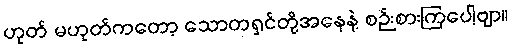
ဟုတ် မဟုတ်ကတော့ သောတရှင်တို့အနေနဲ့ စဉ်းစားကြပေါ့ဗျာ။